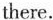
there.